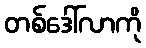
တစ်ဒေါ်လာကို